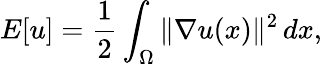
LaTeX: E[u]={\frac{1}{2}}\int_{\Omega}\| \nabla u(x)\| ^{2}\, dx,